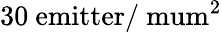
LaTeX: \mathrm{30~emitter/\ mum^{2}}